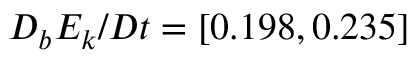
D _ { b } E _ { k } / D t = [ 0 . 1 9 8 , 0 . 2 3 5 ]